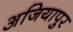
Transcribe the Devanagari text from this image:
अजियापुर